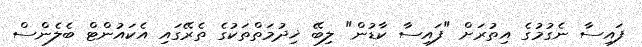
ފައިސާ ނެގުމުގެ އިތުރަށް "ފައިސާ ކާޑުން" ލިބޭ ޚިދުމަތްތަކުގެ ތެރޭގައި އެކައުންޓް ބެލެންސް